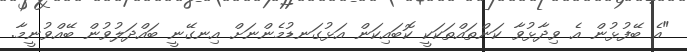
"އެ ބޭފުޅުން އެ ވިދާޅުވާ ކަންތައްތަކަކީ ކޮބައިކަން އަޅުގަނޑުމެންނަށް އިނގޭނީ ބައްދަލުވުން ބޭއްވުނީމާ.